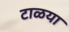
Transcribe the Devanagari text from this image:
टाळया